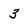
Character: 3